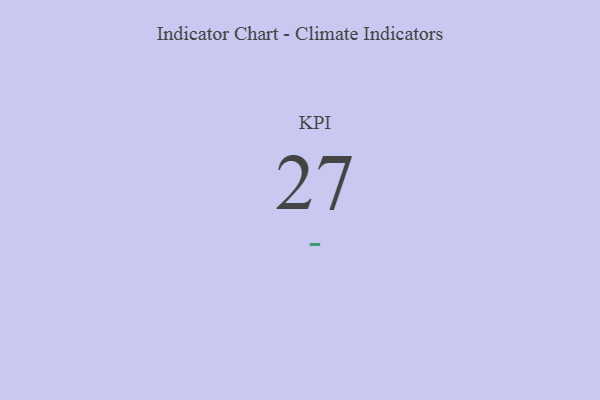
{"axis": {"x": "KPI", "y": "Value"}, "legend": [""], "data": [{"x": "KPI", "y": 27, "type": ""}]}